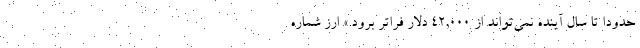
حدوداً تا سال آینده نمی‌تواند از ۴۲,۰۰۰ دلار فراتر برود.» ارز شماره